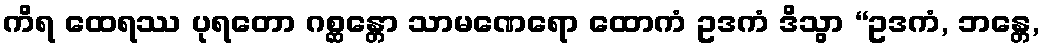
ကိရ ထေရဿ ပုရတော ဂစ္ဆန္တော သာမဏေရော ထောကံ ဥဒကံ ဒိသွာ “ဥဒကံ, ဘန္တေ,